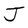
Character: J